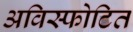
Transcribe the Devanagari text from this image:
अविस्फोटित